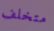
متخلف